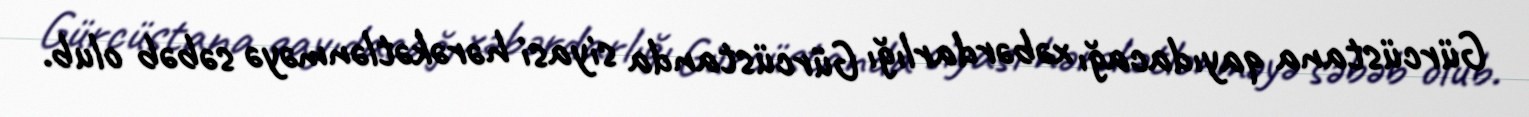
Gürcüstana qayıdacağı xəbərdarlığı Gürcüstanda siyasi hərəkətlənməyə səbəb olub.